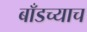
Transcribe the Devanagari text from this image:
बाँडच्याच